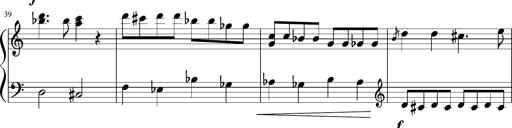
Title: Sonatine Nr.1 in C-Dur
Composer: DÃ©sirÃ©e Manns
Key: C major